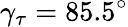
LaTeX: \gamma_{\tau}=85.5^{\circ}